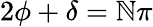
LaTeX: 2\phi+\delta=\mathbb{N}\pi